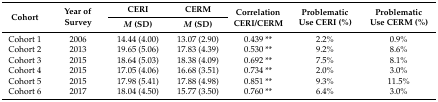
<table><thead><tr><td rowspan="2"><b>Cohort</b></td><td rowspan="2"><b>Year of Survey</b></td><td><b>CERI</b></td><td><b>CERM</b></td><td rowspan="2"><b>Correlation CERI/CERM</b></td><td rowspan="2"><b>Problematic Use CERI (%)</b></td><td rowspan="2"><b>Problematic Use CERM (%)</b></td></tr><tr><td><b><i>M</i> (SD)</b></td><td><b><i>M</i> (SD)</b></td></tr></thead><tbody><tr><td>Cohort 1</td><td>2006</td><td>14.44 (4.00)</td><td>13.07 (2.90)</td><td>0.439 **</td><td>2.2%</td><td>0.9%</td></tr><tr><td>Cohort 2</td><td>2013</td><td>19.65 (5.06)</td><td>17.83 (4.39)</td><td>0.530 **</td><td>9.2%</td><td>8.6%</td></tr><tr><td>Cohort 3</td><td>2015</td><td>18.64 (5.03)</td><td>18.38 (4.09)</td><td>0.692 **</td><td>7.5%</td><td>8.1%</td></tr><tr><td>Cohort 4</td><td>2015</td><td>17.05 (4.06)</td><td>16.68 (3.51)</td><td>0.734 **</td><td>2.0%</td><td>3.0%</td></tr><tr><td>Cohort 5</td><td>2015</td><td>17.98 (5.41)</td><td>17.88 (4.98)</td><td>0.851 **</td><td>9.3%</td><td>11.5%</td></tr><tr><td>Cohort 6</td><td>2017</td><td>18.04 (4.50)</td><td>15.77 (3.50)</td><td>0.760 **</td><td>6.4%</td><td>3.0%</td></tr></tbody></table>